Report on vaccination in Madras 1904-1921 - 1904-1921
Year: 1904
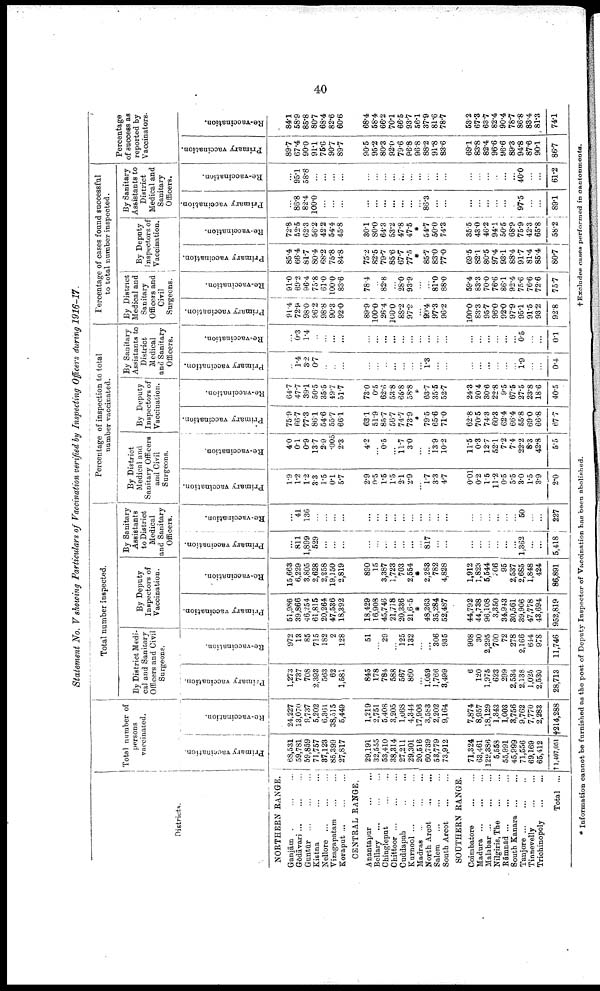
40
Statement No. V showing Particulars of Vaccination verified by Inspecting Officers during 1916-17.
Districts.
NORTHERN RANGE.
Ganjām
...
...
...
Gōdāvari
...
...
...
Guntūr
...
...
...
Kistna
...
...
...
Nellore
...
...
...
Vizagapatam
...
...
Koraput
...
...
...
CENTRAL RANGE.
Anantapur
...
...
Bellary
...
...
...
Chingleput
...
...
Chittoor
...
...
...
Cuddapah
...
...
Kurnool
...
...
...
Madras
...
...
...
North Arcot
...
...
Salem
...
...
...
South Arcot ... ...
SOUTHERN RANGS.
Coimbatore
...
...
Madura
...
...
...
Malabar
...
...
...
Nilgiris,The
...
...
Rāmnād
...
...
...
South Kanara
...
...
Tanjore
...
...
...
Tinnevelly
...
...
Trichinopoly ... ...
Total ...
Total number of
persons
vaccinated.
Primary vaccination.
68,531
59,781
59,859
71,757
37,123
85,399
27,817
29,191
32,555
53,410
38,314
27,211
29,301
20,516
60,739
53,779
73,912
71,324
63,461
129,386
5,558
55,991
45,999
71,556
69,169
65,412
†1,407,051
Re-vaccination.
24,227
13,070
9,737
5,202
6,361
38,515
5,449
1,219
2,751
5,408
3,205
1,068
4,344
17,906
3,583
2,202
9,164
7,874
8,957
18,129
1,343
1,003
3,756
9,762
7,770
2,283
†214,288
Total number inspected.
By District Medi
cal and Sanitary
Officers and Civil
Surgeons.
Primary
vaccination.
1,273
737
708
2,393
563
62
1,581
845
178
784
588
567
860
...
1,059
1,766
3,499
6
120
1,975
623
299
2,534
2,138
1,025
2,530
28,713
Re-vaccination.
972
13
85
715
182
2
128
51
...
29
...
125
132
...
...
306
935
908
30
2,295
700
72
278
2,166
644
978
11,746
By Deputy
Inspectors of
Vaccination.
Primary vaccination.
51,986
39,866
46,254
61,815
20,264
47,536
18,392
18,429
16,908
45,746
21,718
20,336
21,605
*
48,263
35,284
52,487
44,792
44,738
96,108
3,350
34,943
30,561
39,906
47,778
48,694
952,819
Re-vaccination.
15,663
6,229
3,805
2,628
2,258
19,150
2,819
890
15
3,387
1,723
703
2,554
*
2,288
782
4,828
1,912
1,823
5,544
306
95
2,537
2,685
1,848
424
86,891
By Sanitary
Assistants
to District
Medical
and Sanitary
Officers.
Primary vaccination.
...
811
1,899
529
...
...
...
...
...
...
...
...
...
...
817
...
...
...
...
...
...
...
...
1,362
...
...
5,418
Re-vaccination.
...
41
136
...
...
...
...
...
...
...
...
...
...
...
...
...
...
...
...
...
...
...
...
50
...
...
227
Percentage of inspection to total
number vaccinated.
By District
Medical and
Sanitary Officers
and Civil
Surgeons.
Primary vaccination.
1.9
1.2
1.2
3.3
1.5
0.1
5.7
2.9
0.5
1.5
1.5
2.1
2.9
...
1.7
3.3
4.7
0.01
0.2
1.5
11.2
0.5
5.5
3.0
1.5
3.9
2.0
Re-vaccination.
4.0
0.1
0.9
13.7
2.9
.005
2.3
4.2
...
0.5
...
11.7
3.0
...
...
13.9
10.2
11.5
0.3
12.7
52.1
7.2
7.4
22.2
8.3
42.8
5.5
By Deputy
Inspectors of
Vaccination.
Primary vaccination.
75.9
66.7
77.3
86.1
54.6
55.7
66.1
63.1
51.9
85.7
56.7
74.7
73.9
*
79.5
65.6
71.0
62.8
70.5
74.3
60.3
62.4
66.4
55.8
69.0
66.8
67.7
Re-vaccination.
64.7
47.7
39.1
50.5
35.5
49.7
51.7
73.0
0.5
62.6
53.8
65.8
58.8
*
63.7
35.5
52.7
24.3
20.4
30.6
22.8
9.5
67.5
27.5
23.8
18.6
40.5
By Sanitary
Assistants to
District
Medical
and Sanitary
Officers.
Primary vaccination.
...
1.4
3.2
0.7
...
...
...
...
...
...
...
...
...
...
1.3
...
...
...
...
...
...
...
...
1.9
...
...
0.4
Re-vaccination.
...
0.3
1.4
...
...
...
...
...
...
...
...
...
...
...
...
...
...
...
...
...
...
...
...
0.5
...
...
0.1
Percentage of cases found successful
to total number inspected.
By District
Medical and
Sanitary
Officers and
Civil
Surgeons.
Primary vaccination.
91.4
72.9
98.0
96.2
98.8
90.3
92.0
89.9
100.0
26.4
160.0
88.2
97.9
...
99.4
97.3
96.2
100.0
83.3
95.7
96.0
92.0
97.9
95.1
91.5
93.2
92.8
Re-vaccination.
91.0
69.2
96.4
75.8
61.0
100.0
83.6
78.4
...
82.8
...
28.0
93.9
...
...
81.0
88.0
59.4
83.3
70.0
76.6
86.1
92.4
75.6
76.6
72.6
75.7
By Deputy
Inspectors of
Vaccination.
Primary vaccination.
85.4
66.4
81.7
80.4
68.2
75.8
84.8
75.2
82.5
79.7
85.6
67.7
77.5
*
85.7
83.0
77.0
69.5
82.1
80.5
97.4
93.1
88.4
91.7
81.4
85.4
80.7
Re-vaccination.
72.8
52.5
62.3
56.2
42.2
54.4
45.8
30.1
80.0
64.3
53.2
47.8
47.5
*
54.7
50.0
74.3
35.5
43.0
46.2
94.1
50.5
68.9
75.9
42.3
65.8
58.2
By Sanitary
Assistants to
District
Medical and
Sanitary
Officers.
Primary vaccination.
...
86.8
82.4
100.0
...
...
...
...
...
...
...
...
...
...
86.3
...
...
...
...
...
...
...
...
97.5
...
...
89.1
Re-vaccination.
...
95.1
58.8
...
...
...
...
...
...
...
...
...
...
...
...
...
...
...
...
...
...
...
....
40.0
...
...
61.2
Percentage
of success as
reported by
Vaccinators.
Primary vaccination.
89.7
67.4
90.0
91.1
76.6
90.7
89.7
90.5
95.2
80.3
92.0
79.6
96.8
96.8
88.2
91.8
83.6
69.1
83.8
82.4
96.6
96.6
89.3
94.8
87.6
90.1
86.7
Re-vaccination.
84.1
58.9
85.8
80.7
68.4
82.6
60.6
68.4
58.4
66.2
70.1
66.5
93.7
56.1
37.9
81.6
78.7
53.2
67.8
63.7
82.4
90.4
78.7
86.8
83.4
81.3
74.1
* Information cannot be furnished as the post of Deputy Inspector of Vaccination has been abolished.
† Excludes cases performed in cantonments.